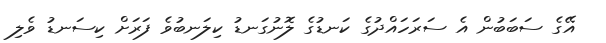
އޭގެ ސަބަބުން އެ ސަރަހައްދުގެ ކަނޑުގެ ލޮނުގަނޑު ކިލަނބުވެ ފަރަށް ކިސަނޑު ވެލި